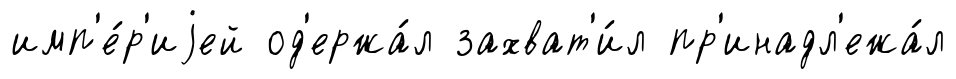
имп'е́р'иjей од'ержа́л захват'и́л пр'инадл'ежа́л